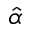
\hat { \alpha }